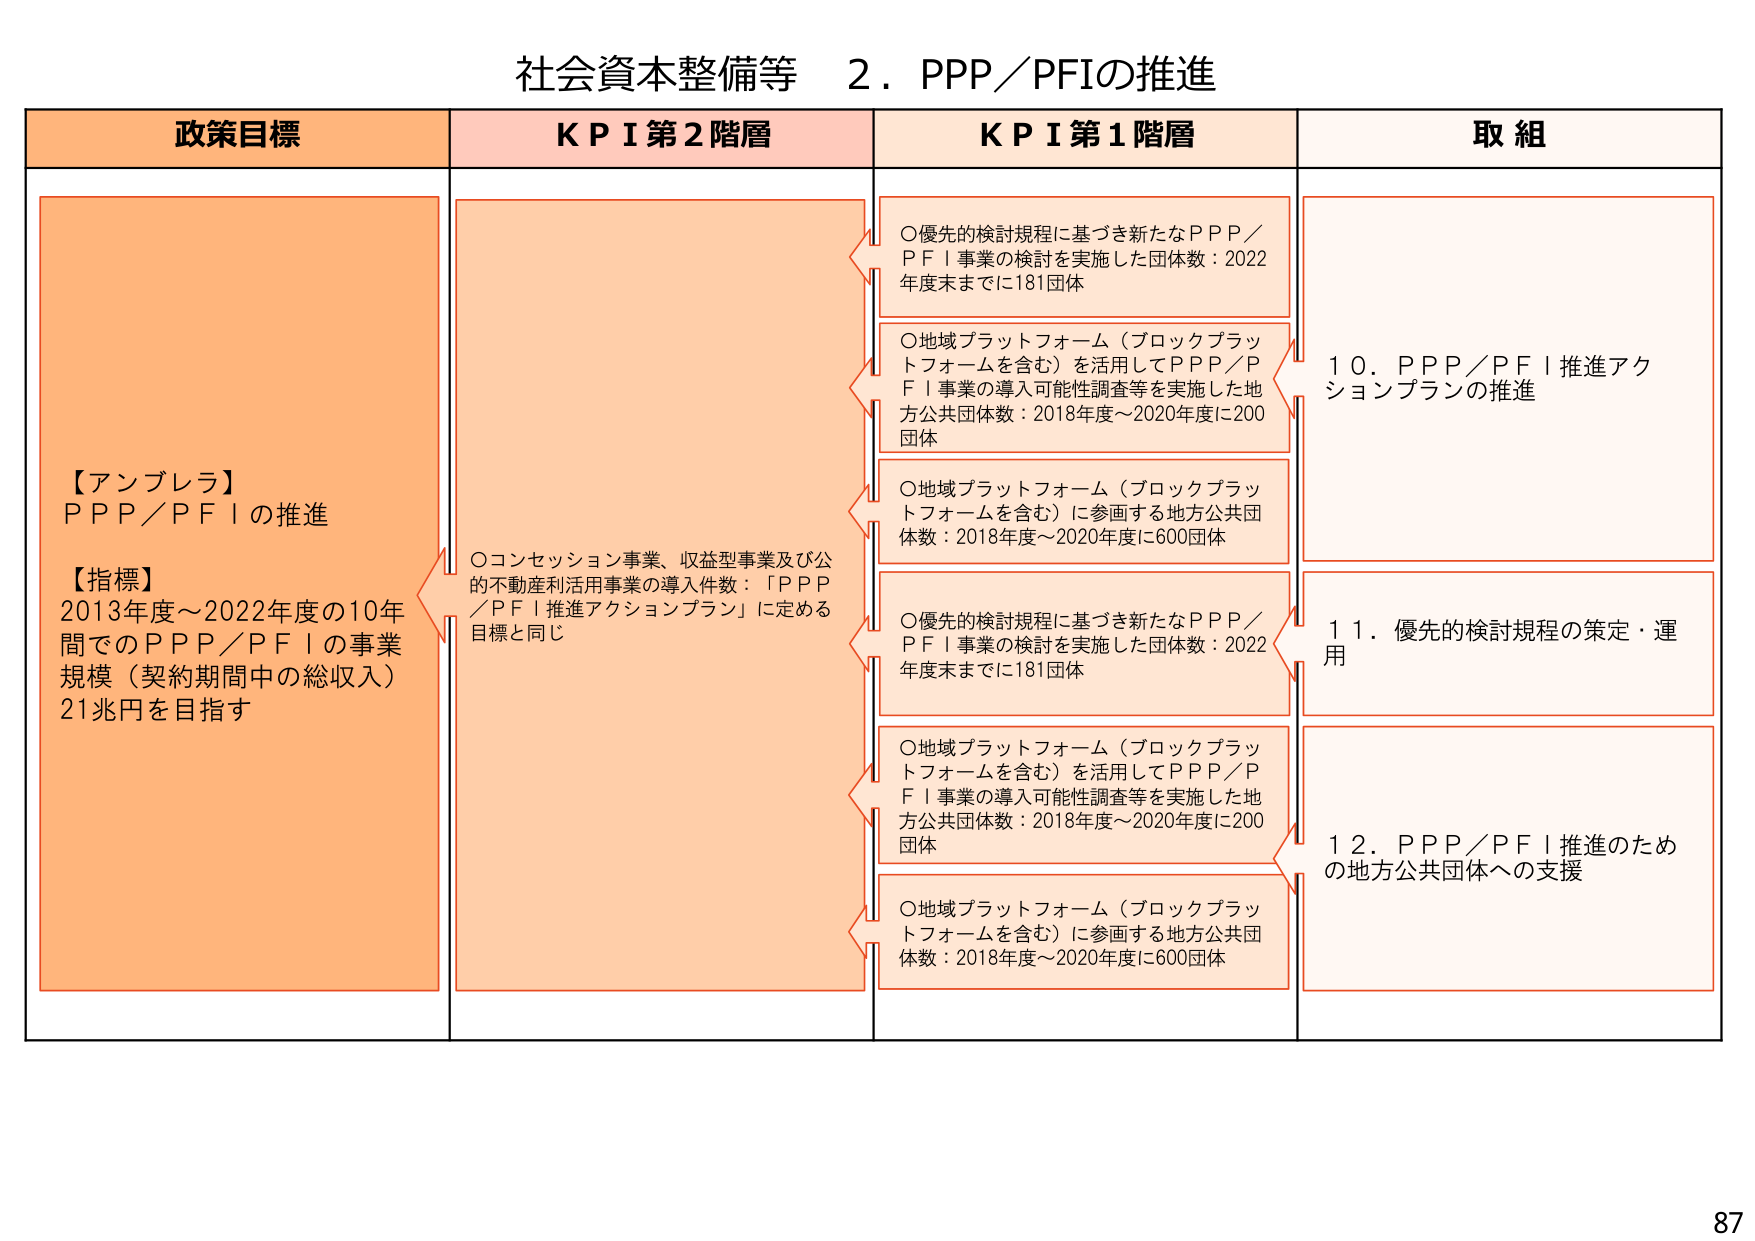
社会資本整備等　２．PPP／PFIの推進

政策目標　　　　　　　　　　　　ＫＰＩ第２階層　　　　　　　　　　ＫＰＩ第１階層　　　　　　　　　　取組

【アンブレラ】
PPP／PFIの推進

【指標】
2013年度～2022年度の10年間でのPPP／PFIの事業規模（契約期間中の総収入）21兆円を目指す

○コンセッション事業、収益型事業及び公的不動産利活用事業の導入件数：「PPP／PFI推進アクションプラン」に定める目標と同じ

○優先的検討規程に基づき新たなPPP／PFI事業の検討を実施した団体数：2022年度末までに181団体

○地域プラットフォーム（ブロックプラットフォームを含む）を活用してPPP／PFI事業の導入可能性調査等を実施した地方公共団体数：2018年度～2020年度に200団体

○地域プラットフォーム（ブロックプラットフォームを含む）に参画する地方公共団体数：2018年度～2020年度に600団体

○優先的検討規程に基づき新たなPPP／PFI事業の検討を実施した団体数：2022年度末までに181団体

○地域プラットフォーム（ブロックプラットフォームを含む）を活用してPPP／PFI事業の導入可能性調査等を実施した地方公共団体数：2018年度～2020年度に200団体

○地域プラットフォーム（ブロックプラットフォームを含む）に参画する地方公共団体数：2018年度～2020年度に600団体

10．PPP／PFI推進アクションプランの推進

11．優先的検討規程の策定・運用

12．PPP／PFI推進のための地方公共団体への支援

87